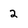
Character: 2